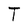
Character: T